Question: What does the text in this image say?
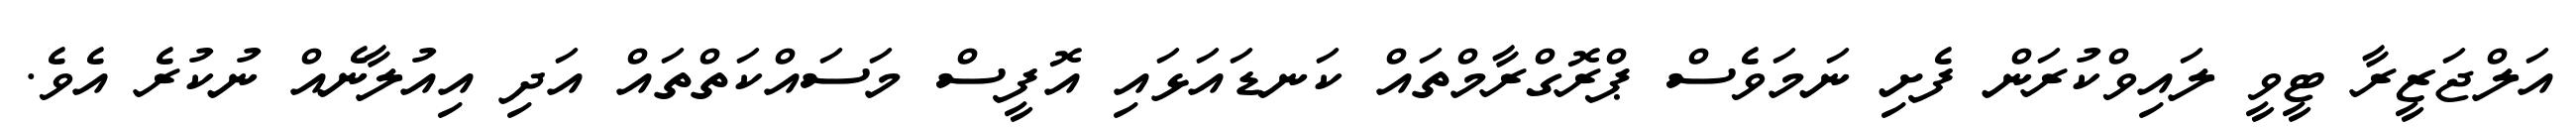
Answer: އަލްޖަޒީރާ ޓީވީ ލައިވްކުރަން ފެށި ނަމަވެސް ޕްރޮގްރާމްތައް ކަނޑައަޅައި އޮފީސް މަސައްކަތްތައް އަދި އިއުލާނެއް ނުކުރެ އެވެ.